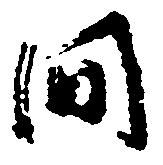
間